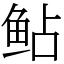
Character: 鲇